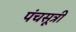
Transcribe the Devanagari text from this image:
पंचसूत्री